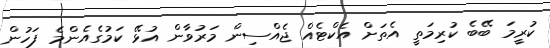
ކުރީމަ ބޭބެ ކުރިމަތީ އެތަށް އެކްޓެއް ޖެއްސިން މަރުވާން އުޅޭ ކަމުގެއެންމެ ފަހުން